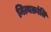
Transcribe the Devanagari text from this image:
नित्यक्रांति